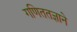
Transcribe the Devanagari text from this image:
गणिततज्ञाने